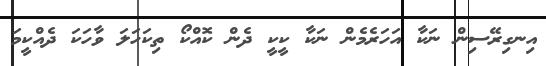
އިނގިރޭސިން ނަކާ އަހަރެމެން ނަކާ ކީކީ ދެން ކޮއްކޯ ތިކަހަލަ ވާހަކަ ދެއްކީމަ